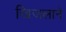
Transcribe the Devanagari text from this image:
खिजलाने